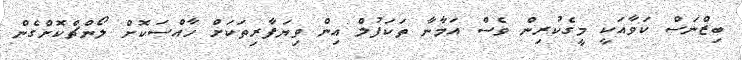
ބިޒްނަސް ކަވާއަކީ މީގެކުރިން ވެސް އަމާނާ ތަކަފުލް އިން ވިޔަފާރިތަކަށް ހާއްސަކޮށް ލޯންޗްކޮށްގެން